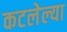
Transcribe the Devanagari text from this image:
कटलेल्या